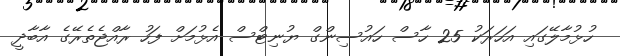
ހުޅުމާލޭގައި އަހަރަކު 25 ހާސް ހައުސިންގް ޔުނިޓްސް އެޅުމަށް ފަހު ރާއްޖެތެރޭގެ އާބާދީ